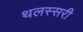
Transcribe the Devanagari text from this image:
थलस्सरी